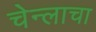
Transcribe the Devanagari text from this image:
चेन्लाचा